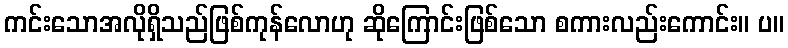
ကင်းသောအလိုရှိသည်ဖြစ်ကုန်လောဟု ဆိုကြောင်းဖြစ်သော စကားလည်းကောင်း။ ပ။